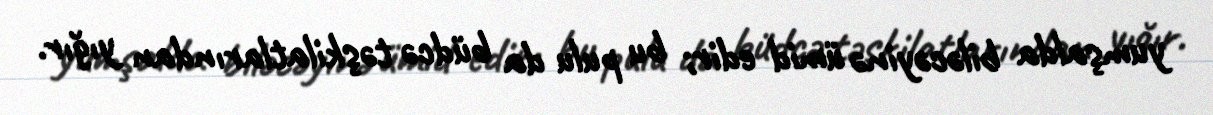
yumşalda biləcəyinə ümid edir; bu pulu da büdcə təşkilatlarından yığır.